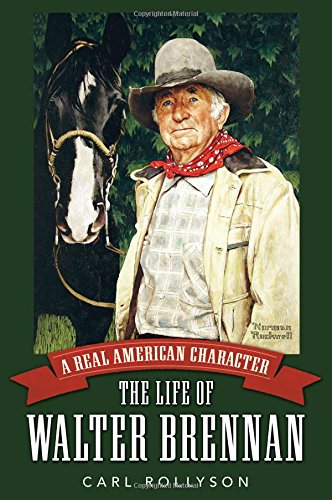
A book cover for A Real American Character: The Life of Walter Brennan (Hollywood Legends Series); Carl Rollyson; Humor & Entertainment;